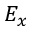
E _ { x }